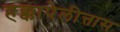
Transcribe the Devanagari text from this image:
हक्कापेलीत्तास